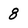
Character: 8